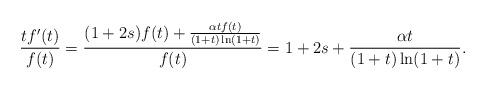
LaTeX: \begin{align*}\frac{tf'(t)}{f(t)}=\frac{(1+2s)f(t)+\frac{\alpha t f(t)}{(1+t)\ln(1+t)}}{f(t)}=1+2s+\frac{\alpha t}{(1+t)\ln(1+t)}.\end{align*}